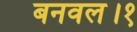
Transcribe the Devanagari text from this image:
बनवल।१